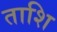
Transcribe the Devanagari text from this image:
ताशि